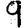
Digit: 9